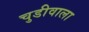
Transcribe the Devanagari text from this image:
चुडीवाला